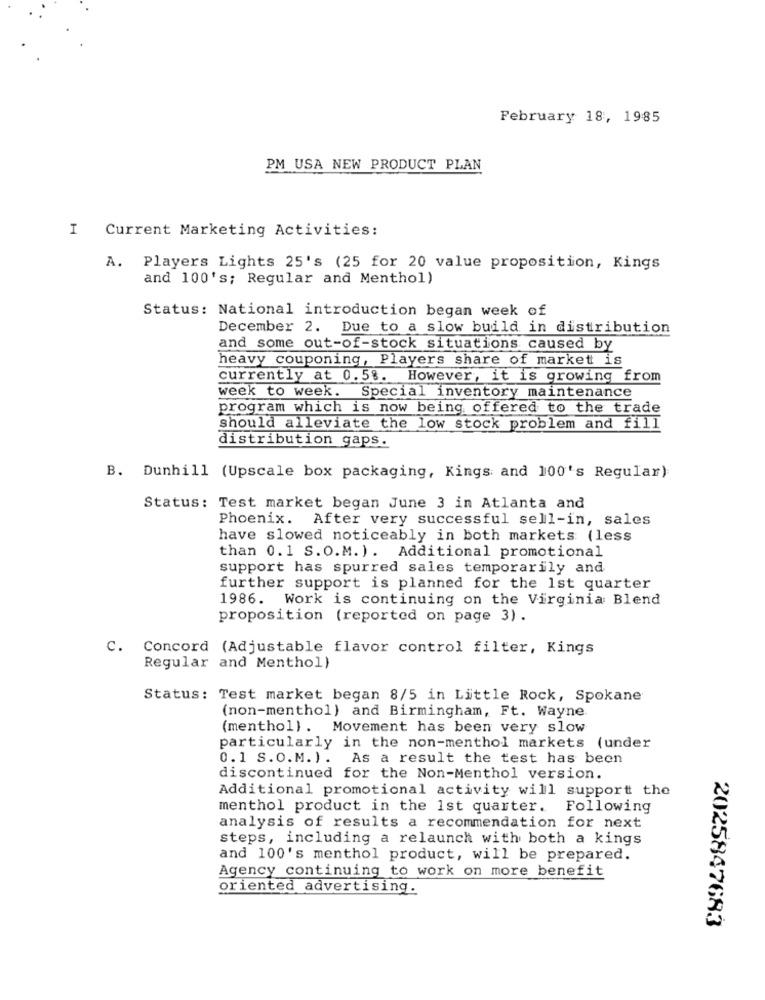
February 18, 1985
PM USA NEW PRODUCT PLAN
I Current Marketing Activities:
A. Players Lights 25's (25 for 20 value proposition, Kings
and 100's; Regular and Menthol)
Status: National introduction began week of
December 2. Due to a slow build in distribution
and some out-of-stock situations caused by
heavy couponing, Players share of market is
currently at 0.58. However, it is growing from
week to week. Special inventory maintenance
program which is now being offered to the trade
should alleviate the low stock problem and fill
distribution gaps.
B. Dunhill (Upscale box packaging, Kings and 100's Regular)
Status: Test market began June 3 in Atlanta and
Phoenix. After very successful sell-in, sales
have slowed noticeably in both markets (less
than 0.1 S.O.M. ). Additional promotional
support has spurred sales temporarily and
further support is planned for the 1st quarter
1986. Work is continuing on the Virginia Blend
proposition (reported on page 3) .
C. Concord (Adjustable flavor control filter, Kings
Regular and Menthol)
Status: Test market began 8/5 in Little Rock, Spokane
(non-menthol) and Birmingham, Ft. Wayne
(menthol). Movement has been very slow
particularly in the non-menthol markets (under
0.1 S.O.M. ) . As a result the test has been
discontinued for the Non-Menthol version.
Additional promotional activity will support the
menthol product in the 1st quarter. Following
analysis of results a recommendation for next
steps, including a relaunch with both a kings
and 100's menthol product, will be prepared.
Agency continuing to work on more benefit
oriented advertising.
2025847683